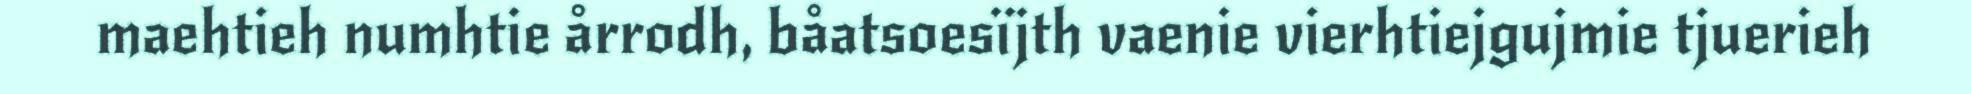
maehtieh numhtie årrodh, båatsoesïjth vaenie vierhtiejgujmie tjuerieh